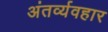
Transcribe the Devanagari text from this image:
अंतर्व्यवहार